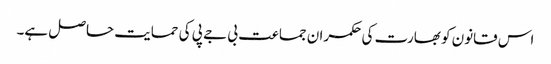
اس قانون کو بھارت کی حکمران جماعت بی جے پی کی حمایت حاصل ہے۔